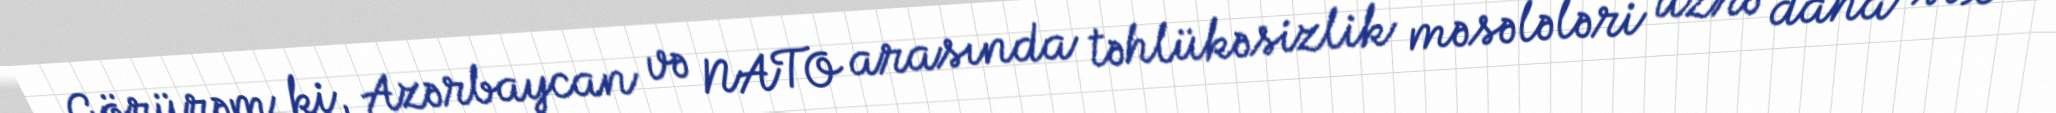
Görürəm ki, Azərbaycan və NATO arasında təhlükəsizlik məsələləri üzrə daha sıx